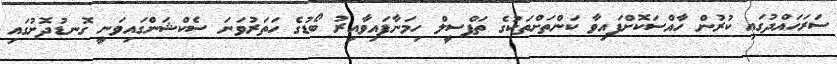
ސަރަހައްދުގައި ކުރުން ހާއްސަކޮށްފައިވާ ކަންތަށްތަކުގެ ތަފްސީލް ހިމަނާފައިވާއިރު ބޯޑުގެ ހަތަރުވަނަ ސެކްޝަންގައިވަނީ ގޮނޑުދޮށުގައި